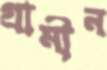
গ্রামীন